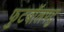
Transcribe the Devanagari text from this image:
फुटबॉलपटु